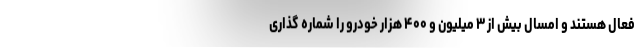
فعال هستند و امسال بیش از ۳ میلیون و ۴۰۰ هزار خودرو را شماره گذاری